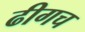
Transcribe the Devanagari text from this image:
ढीगच